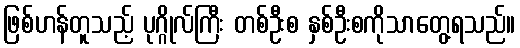
ဖြစ်ဟန်တူသည့် ပုဂ္ဂိုလ်ကြီး တစ်ဦးစ နှစ်ဦးစကိုသာတွေ့ရသည်။